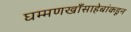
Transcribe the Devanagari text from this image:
घम्मणखाँसाहेबांकडून